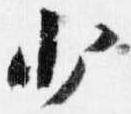
少